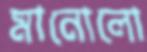
মানোলো